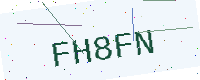
Text: FH8FN